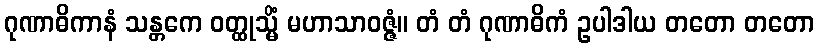
ဂုဏာဓိကာနံ သန္တကေ ဝတ္ထုသ္မိံ မဟာသာဝဇ္ဇံ။ တံ တံ ဂုဏာဓိကံ ဥပါဒါယ တတော တတော